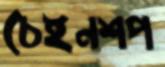
চেইনশপ